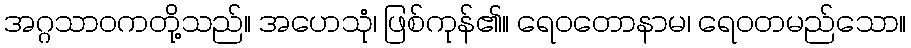
အဂ္ဂသာဝကတို့သည်။ အဟေသုံ၊ ဖြစ်ကုန်၏။ ရေဝတောနာမ၊ ရေဝတမည်သော။